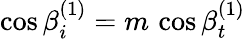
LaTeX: \cos{\beta_{i}^{(1)}}=m\, \cos{\beta_{t}^{(1)}}